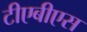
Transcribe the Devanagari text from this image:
टीएबीएस